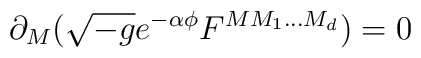
\partial _{M}(\sqrt{-g}e^{-\alpha \phi}F^{MM_{1}...M_{d}})=0